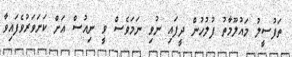
ތަފުސީލު މައުލޫމާތު ފުލުހުން ދީފައި ނުވި ނަމަވެސް ވީ ނިއުސް އަށް ކަށަވަރުވެފައިވާ